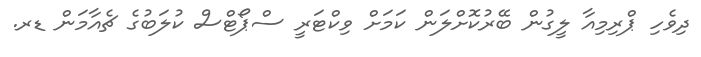
ދިވެހި ޕްރިމިއާ ލީގުން ބޭރުކޮށްލަން ކަމަށް ވިކްޓަރީ ސްޕޯޓްސް ކުލަބުގެ ޗެއާމަން ޑރ.